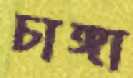
চাঙ্গা